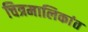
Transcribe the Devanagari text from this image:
चित्रमालिकांत